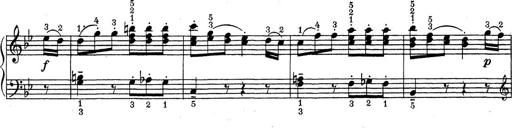
Title: ÄŒeskÃ© Sonatiny
Composer: Various